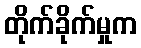
တိုက်ခိုက်မှုက